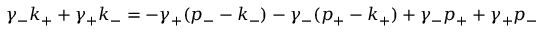
\gamma _ { - } k _ { + } + \gamma _ { + } k _ { - } = - \gamma _ { + } ( p _ { - } - k _ { - } ) - \gamma _ { - } ( p _ { + } - k _ { + } ) + \gamma _ { - } p _ { + } + \gamma _ { + } p _ { - } \nonumber